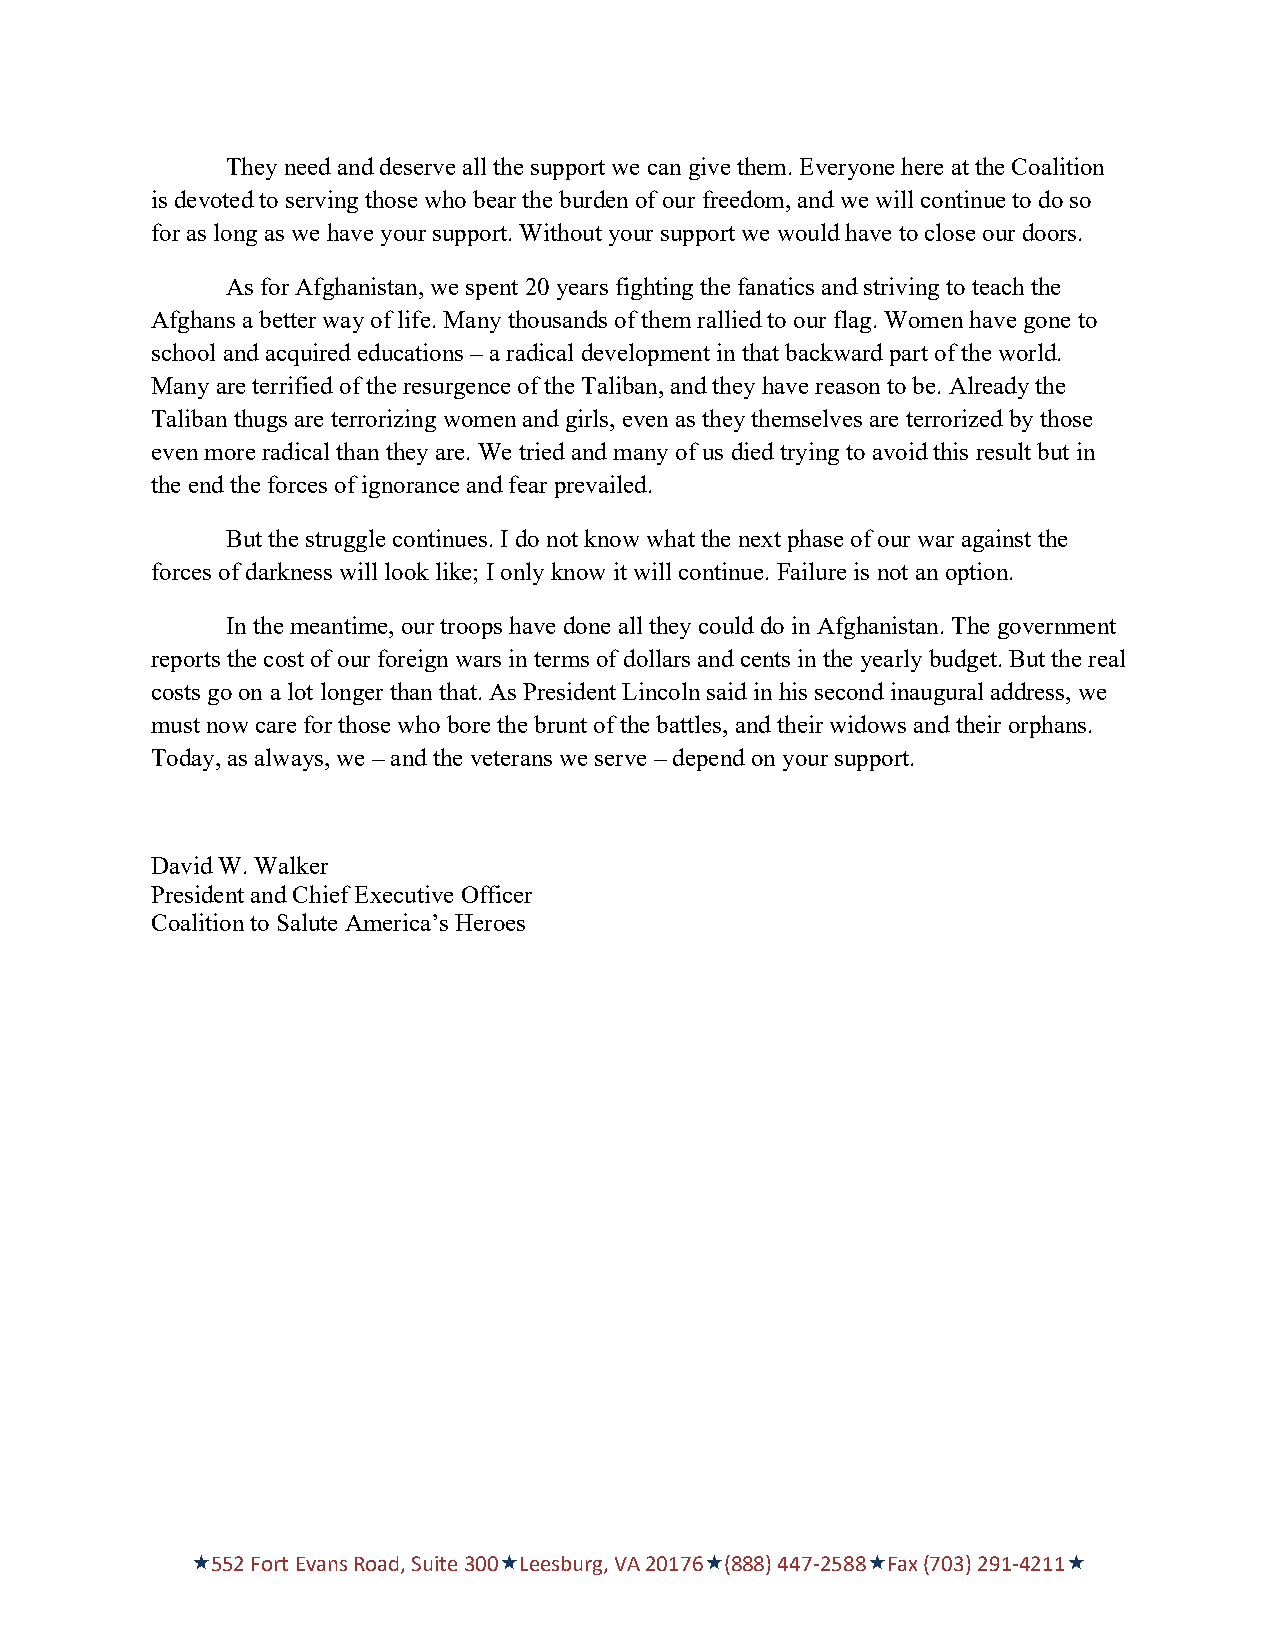
They need and deserve all the support we can give them. Everyone here at the Coalition
 is devoted to serving those who bear the burden of our freedom, and we will continue to do so
 for as long as we have your support. Without your support we would have to close our doors.
 As for Afghanistan, we spent 20 years fighting the fanatics and striving to teach the
 Afghans a better way of life. Many thousands of them rallied to our flag. Women have gone to
 school and acquired educations – a radical development in that backward part of the world.
 Many are terrified of the resurgence of the Taliban, and they have reason to be. Already the
 Taliban thugs are terrorizing women and girls, even as they themselves are terrorized by those
 even more radical than they are. We tried and many of us died trying to avoid this result but in
 the end the forces of ignorance and fear prevailed.
 But the struggle continues. I do not know what the next phase of our war against the
 forces of darkness will look like; I only know it will continue. Failure is not an option.
 In the meantime, our troops have done all they could do in Afghanistan. The government
 reports the cost of our foreign wars in terms of dollars and cents in the yearly budget. But the real
 costs go on a lot longer than that. As President Lincoln said in his second inaugural address, we
 must now care for those who bore the brunt of the battles, and their widows and their orphans.
 Today, as always, we – and the veterans we serve – depend on your support.
 David W. Walker
 President and Chief Executive Officer
 Coalition to Salute America’s Heroes
 «552 Fort Evans Road, Suite 300«Leesburg, VA 20176«(888) 447-2588«Fax (703) 291-4211«